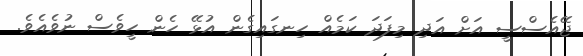
ޖޭއެސްސީ އަށް އަދި މިފަދަ ކަމެއް ހިނގައިގެން އުޅޭ ހެން ހީވެސް ނުވެއެވެ.